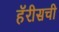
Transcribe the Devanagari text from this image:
हॅरीसची